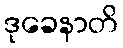
ဒုခေနာတိ